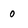
Character: 0